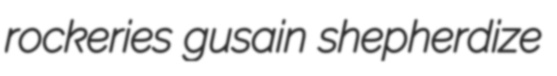
rockeries gusain shepherdize